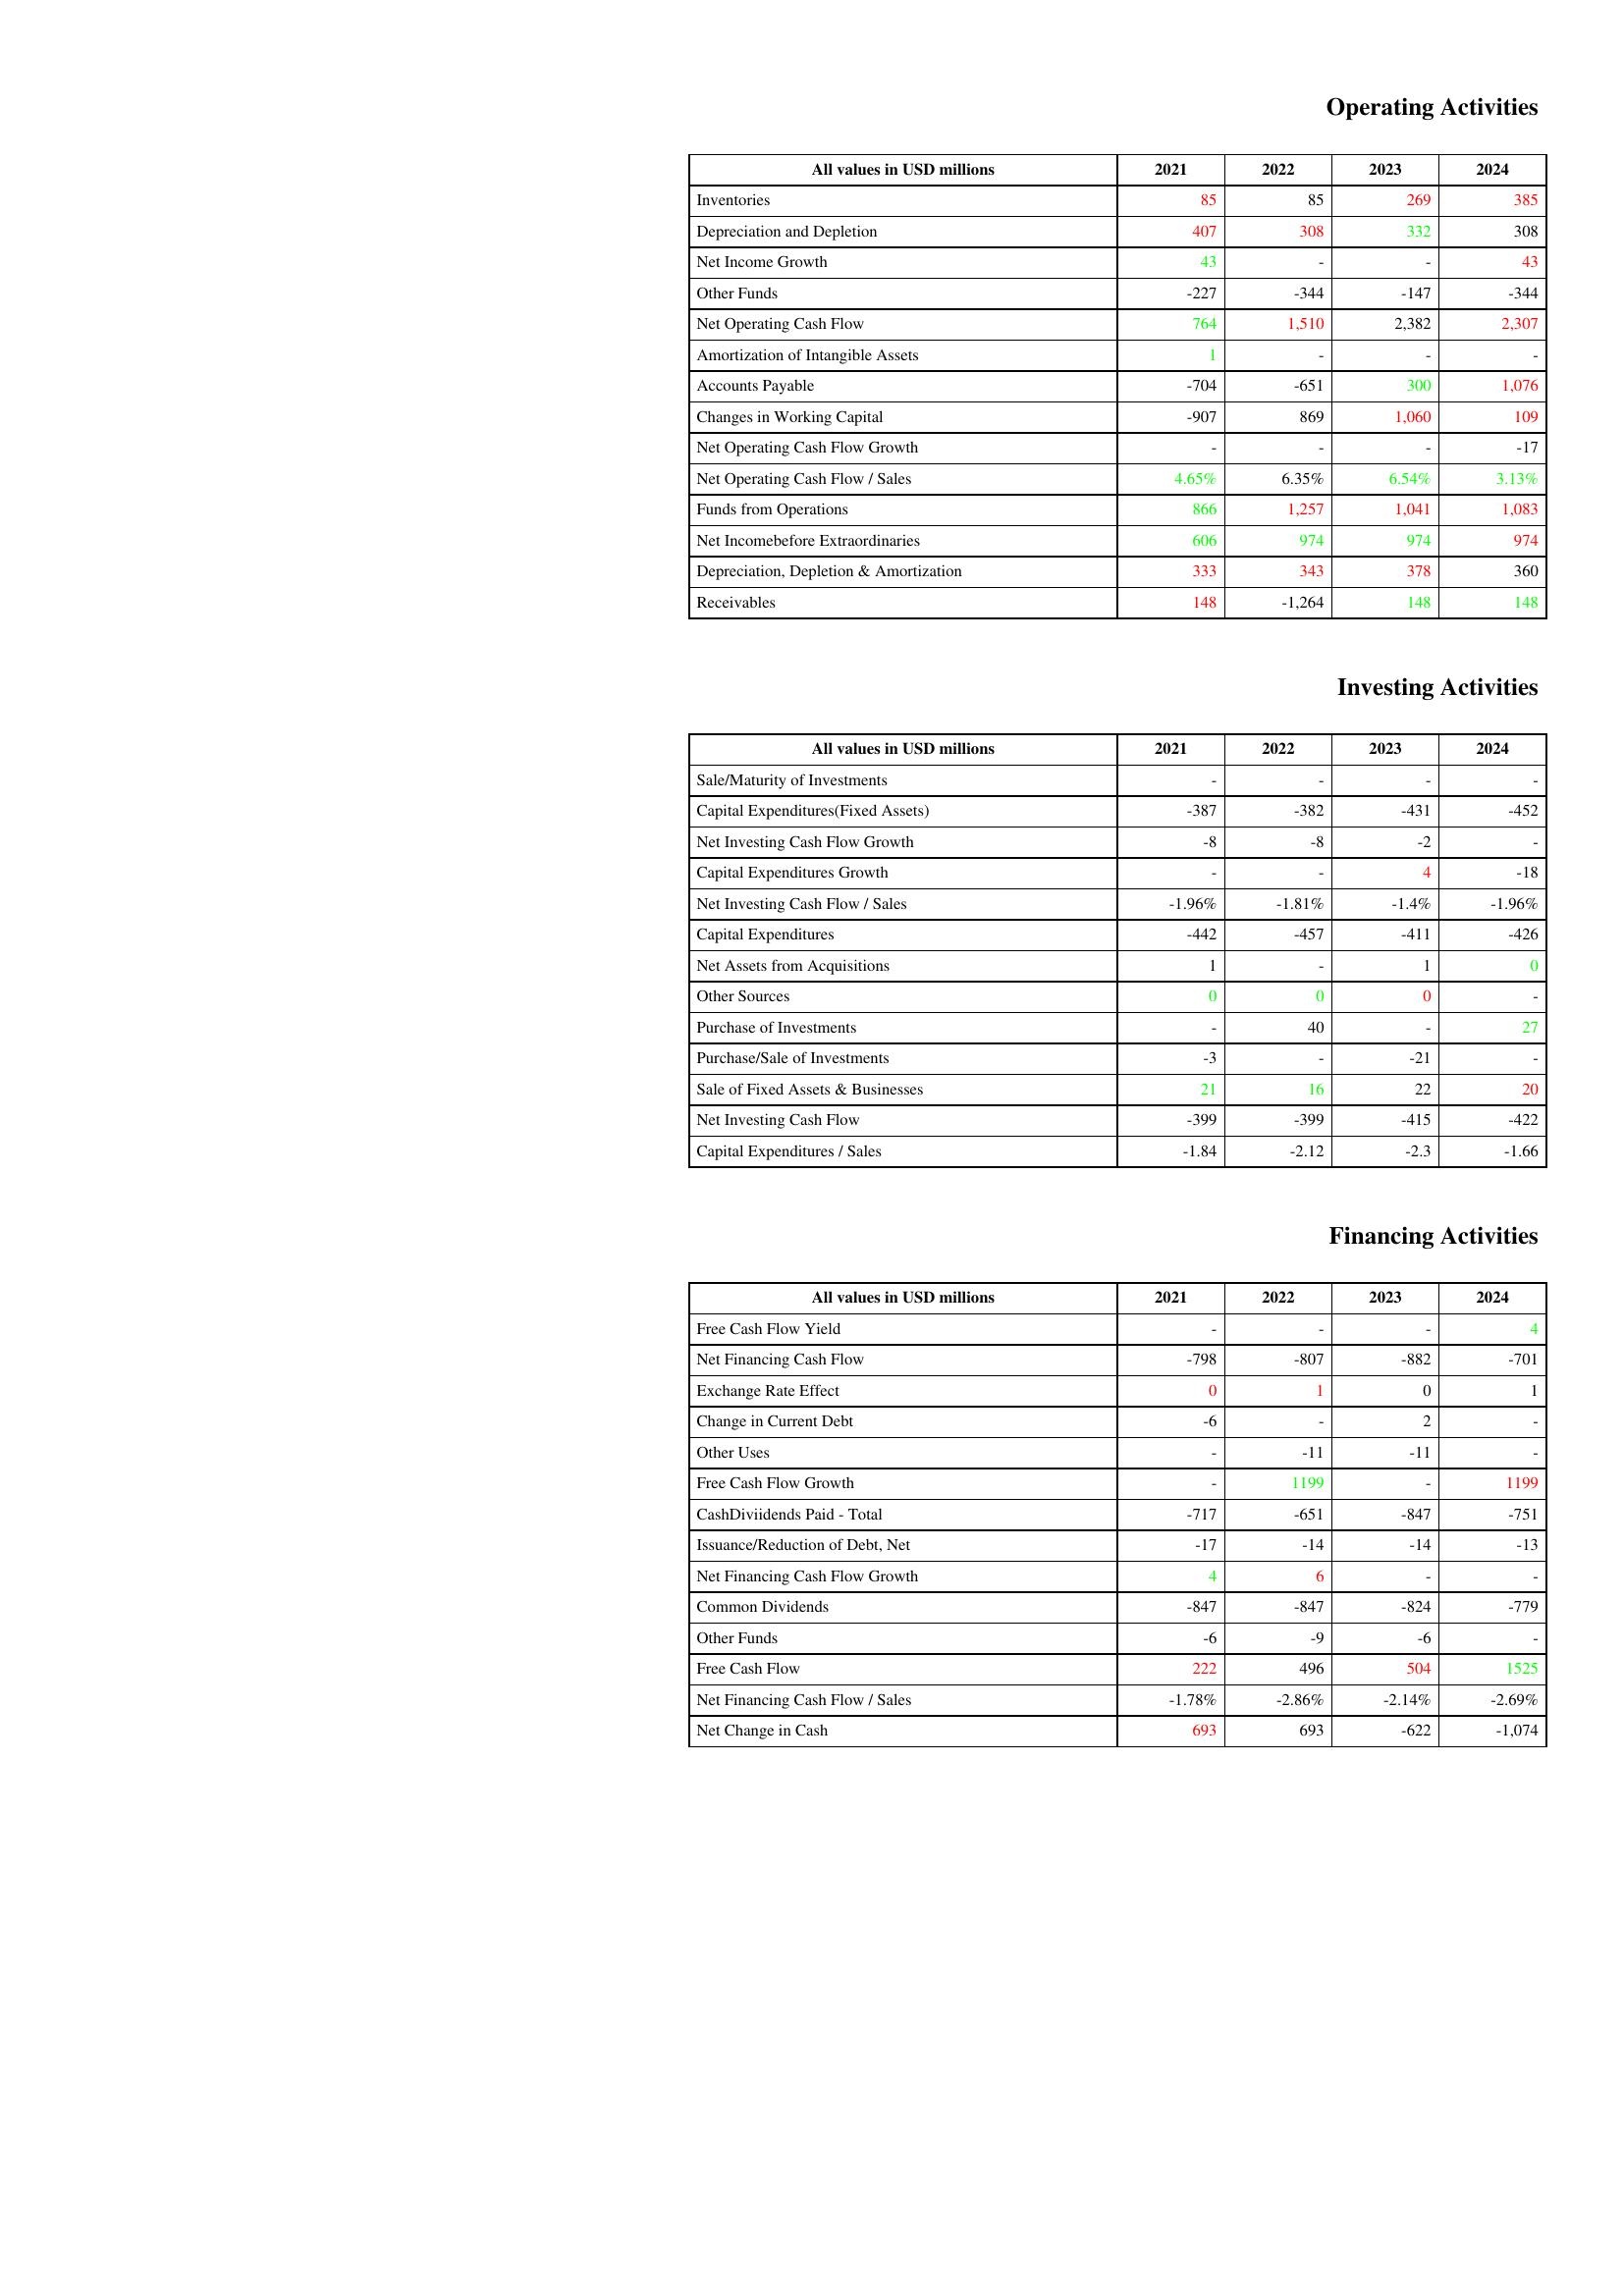
gt_parse: 2021: Operating Activities: Inventories: 85
Depreciation and Depletion: 407
Net Income Growth: 43
Other Funds: -227
Net Operating Cash Flow: 764
Amortization of Intangible Assets: 1
Accounts Payable: -704
Changes in Working Capital: -907
Net Operating Cash Flow Growth: -
Net Operating Cash Flow / Sales: 4.65%
Funds from Operations: 866
Net Incomebefore Extraordinaries: 606
Depreciation, Depletion & Amortization: 333
Receivables: 148
Investing Activities: Sale/Maturity of Investments: -
Capital Expenditures(Fixed Assets): -387
Net Investing Cash Flow Growth: -8
Capital Expenditures Growth: -
Net Investing Cash Flow / Sales: -1.96%
Capital Expenditures: -442
Net Assets from Acquisitions: 1
Other Sources: 0
Purchase of Investments: -
Purchase/Sale of Investments: -3
Sale of Fixed Assets & Businesses: 21
Net Investing Cash Flow: -399
Capital Expenditures / Sales: -1.84
Financing Activities: Free Cash Flow Yield: -
Net Financing Cash Flow: -798
Exchange Rate Effect: 0
Change in Current Debt: -6
Other Uses: -
Free Cash Flow Growth: -
CashDiviidends Paid - Total: -717
Issuance/Reduction of Debt, Net: -17
Net Financing Cash Flow Growth: 4
Common Dividends: -847
Other Funds: -6
Free Cash Flow: 222
Net Financing Cash Flow / Sales: -1.78%
Net Change in Cash: 693
2022: Operating Activities: Inventories: 85
Depreciation and Depletion: 308
Net Income Growth: -
Other Funds: -344
Net Operating Cash Flow: 1,510
Amortization of Intangible Assets: -
Accounts Payable: -651
Changes in Working Capital: 869
Net Operating Cash Flow Growth: -
Net Operating Cash Flow / Sales: 6.35%
Funds from Operations: 1,257
Net Incomebefore Extraordinaries: 974
Depreciation, Depletion & Amortization: 343
Receivables: -1,264
Investing Activities: Sale/Maturity of Investments: -
Capital Expenditures(Fixed Assets): -382
Net Investing Cash Flow Growth: -8
Capital Expenditures Growth: -
Net Investing Cash Flow / Sales: -1.81%
Capital Expenditures: -457
Net Assets from Acquisitions: -
Other Sources: 0
Purchase of Investments: 40
Purchase/Sale of Investments: -
Sale of Fixed Assets & Businesses: 16
Net Investing Cash Flow: -399
Capital Expenditures / Sales: -2.12
Financing Activities: Free Cash Flow Yield: -
Net Financing Cash Flow: -807
Exchange Rate Effect: 1
Change in Current Debt: -
Other Uses: -11
Free Cash Flow Growth: 1199
CashDiviidends Paid - Total: -651
Issuance/Reduction of Debt, Net: -14
Net Financing Cash Flow Growth: 6
Common Dividends: -847
Other Funds: -9
Free Cash Flow: 496
Net Financing Cash Flow / Sales: -2.86%
Net Change in Cash: 693
2023: Operating Activities: Inventories: 269
Depreciation and Depletion: 332
Net Income Growth: -
Other Funds: -147
Net Operating Cash Flow: 2,382
Amortization of Intangible Assets: -
Accounts Payable: 300
Changes in Working Capital: 1,060
Net Operating Cash Flow Growth: -
Net Operating Cash Flow / Sales: 6.54%
Funds from Operations: 1,041
Net Incomebefore Extraordinaries: 974
Depreciation, Depletion & Amortization: 378
Receivables: 148
Investing Activities: Sale/Maturity of Investments: -
Capital Expenditures(Fixed Assets): -431
Net Investing Cash Flow Growth: -2
Capital Expenditures Growth: 4
Net Investing Cash Flow / Sales: -1.4%
Capital Expenditures: -411
Net Assets from Acquisitions: 1
Other Sources: 0
Purchase of Investments: -
Purchase/Sale of Investments: -21
Sale of Fixed Assets & Businesses: 22
Net Investing Cash Flow: -415
Capital Expenditures / Sales: -2.3
Financing Activities: Free Cash Flow Yield: -
Net Financing Cash Flow: -882
Exchange Rate Effect: 0
Change in Current Debt: 2
Other Uses: -11
Free Cash Flow Growth: -
CashDiviidends Paid - Total: -847
Issuance/Reduction of Debt, Net: -14
Net Financing Cash Flow Growth: -
Common Dividends: -824
Other Funds: -6
Free Cash Flow: 504
Net Financing Cash Flow / Sales: -2.14%
Net Change in Cash: -622
2024: Operating Activities: Inventories: 385
Depreciation and Depletion: 308
Net Income Growth: 43
Other Funds: -344
Net Operating Cash Flow: 2,307
Amortization of Intangible Assets: -
Accounts Payable: 1,076
Changes in Working Capital: 109
Net Operating Cash Flow Growth: -17
Net Operating Cash Flow / Sales: 3.13%
Funds from Operations: 1,083
Net Incomebefore Extraordinaries: 974
Depreciation, Depletion & Amortization: 360
Receivables: 148
Investing Activities: Sale/Maturity of Investments: -
Capital Expenditures(Fixed Assets): -452
Net Investing Cash Flow Growth: -
Capital Expenditures Growth: -18
Net Investing Cash Flow / Sales: -1.96%
Capital Expenditures: -426
Net Assets from Acquisitions: 0
Other Sources: -
Purchase of Investments: 27
Purchase/Sale of Investments: -
Sale of Fixed Assets & Businesses: 20
Net Investing Cash Flow: -422
Capital Expenditures / Sales: -1.66
Financing Activities: Free Cash Flow Yield: 4
Net Financing Cash Flow: -701
Exchange Rate Effect: 1
Change in Current Debt: -
Other Uses: -
Free Cash Flow Growth: 1199
CashDiviidends Paid - Total: -751
Issuance/Reduction of Debt, Net: -13
Net Financing Cash Flow Growth: -
Common Dividends: -779
Other Funds: -
Free Cash Flow: 1525
Net Financing Cash Flow / Sales: -2.69%
Net Change in Cash: -1,074